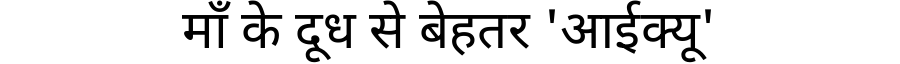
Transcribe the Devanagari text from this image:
माँ के दूध से बेहतर 'आईक्यू'